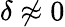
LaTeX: \delta\not\approx 0